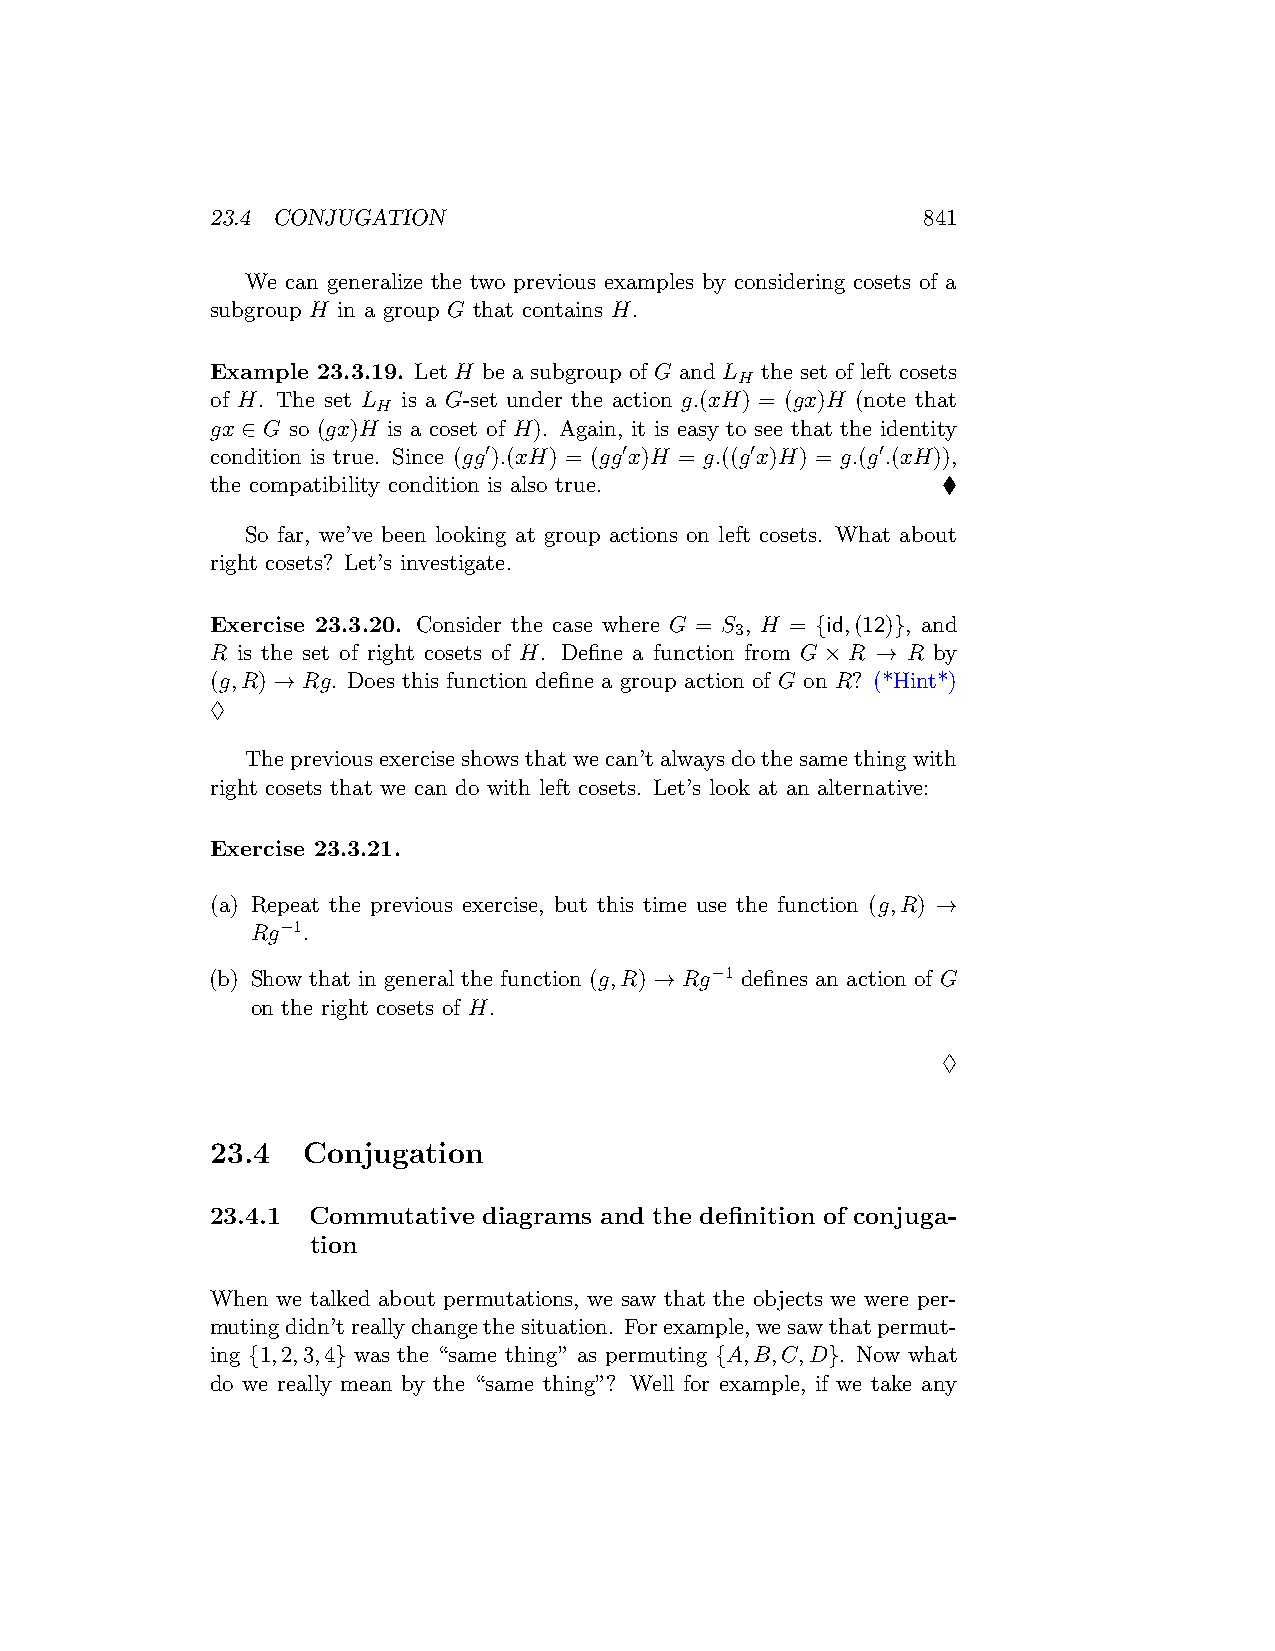
23.4 CONJUGATION                               841
 We can generalize the two previous examples by considering cosets of a
 subgroup H in a group G that contains H.
 Example 23.3.19. Let H be a subgroup of G and L the set of left cosets
 H
 of H. The set L is a G-set under the action g.(xH) = (gx)H (note that
 H
 gx ∈ G so (gx)H is a coset of H). Again, it is easy to see that the identity
 condition is true. Since (gg′).(xH) = (gg′x)H = g.((g′x)H) = g.(g′.(xH)),
 the compatibility condition is also true.       ♦
 So far, we’ve been looking at group actions on left cosets. What about
 right cosets? Let’s investigate.
 Exercise 23.3.20. Consider the case where G = S , H = {id,(12)}, and
 3
 R is the set of right cosets of H. Define a function from G×R → R by
 (g,R) → Rg. Does this function define a group action of G on R? (*Hint*)
 ♢
 Thepreviousexerciseshowsthatwecan’talwaysdothesamethingwith
 right cosets that we can do with left cosets. Let’s look at an alternative:
 Exercise 23.3.21.
 (a) Repeat the previous exercise, but this time use the function (g,R) →
 Rg−1.
 (b) Show that in general the function (g,R) → Rg−1 defines an action of G
 on the right cosets of H.
 ♢
 23.4  Conjugation
 23.4.1 Commutative diagrams and the definition of conjuga-
 tion
 When we talked about permutations, we saw that the objects we were per-
 mutingdidn’treallychangethesituation. Forexample,wesawthatpermut-
 ing {1,2,3,4} was the “same thing” as permuting {A,B,C,D}. Now what
 do we really mean by the “same thing”? Well for example, if we take any